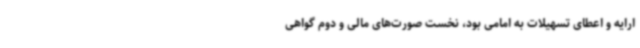
ارایه و اعطای تسهیلات به امامی بود، نخست صورت‌های مالی و دوم گواهی